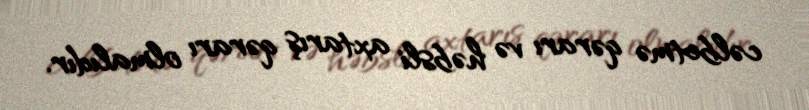
cəlbetmə qərarı və həbsli axtarış qərarı olmalıdır.